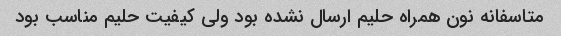
متاسفانه نون همراه حلیم ارسال نشده بود ولی کیفیت حلیم مناسب بود